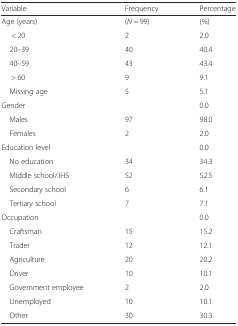
<table><thead><tr><td><b>Variable</b></td><td><b>Frequency</b></td><td><b>Percentage</b></td></tr></thead><tbody><tr><td>Age (years)</td><td>(<i>N</i> = 99)</td><td>(%)</td></tr><tr><td>&lt; 20</td><td>2</td><td>2.0</td></tr><tr><td> 20–39</td><td>40</td><td>40.4</td></tr><tr><td> 40–59</td><td>43</td><td>43.4</td></tr><tr><td>&gt; 60</td><td>9</td><td>9.1</td></tr><tr><td> Missing age</td><td>5</td><td>5.1</td></tr><tr><td>Gender</td><td></td><td>0.0</td></tr><tr><td> Males</td><td>97</td><td>98.0</td></tr><tr><td> Females</td><td>2</td><td>2.0</td></tr><tr><td>Education level</td><td></td><td>0.0</td></tr><tr><td> No education</td><td>34</td><td>34.3</td></tr><tr><td> Middle school/JHS</td><td>52</td><td>52.5</td></tr><tr><td> Secondary school</td><td>6</td><td>6.1</td></tr><tr><td> Tertiary school</td><td>7</td><td>7.1</td></tr><tr><td>Occupation</td><td></td><td>0.0</td></tr><tr><td> Craftsman</td><td>15</td><td>15.2</td></tr><tr><td> Trader</td><td>12</td><td>12.1</td></tr><tr><td> Agriculture</td><td>20</td><td>20.2</td></tr><tr><td> Driver</td><td>10</td><td>10.1</td></tr><tr><td> Government employee</td><td>2</td><td>2.0</td></tr><tr><td> Unemployed</td><td>10</td><td>10.1</td></tr><tr><td> Other</td><td>30</td><td>30.3</td></tr></tbody></table>